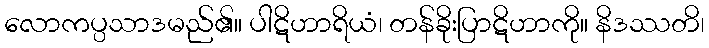
လောကပ္ပသာဒမည်၏။ ပါဋိဟာရိယံ၊ တန်ခိုးပြာဋိဟာကို။ နိဒဿတိ၊